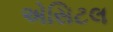
એસિટલ